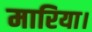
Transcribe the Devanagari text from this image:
मारिया।